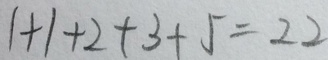
1 + 1 + 2 + 3 + 5 = 2 2